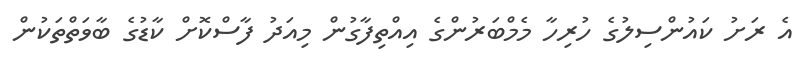
އެ ރަށު ކައުންސިލުގެ ހުރިހާ މެމްބަރުންގެ އިއްތިފާގުން މިއަދު ފާސްކޮށް ކާޑުގެ ބާވަތްތަކުން